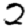
Digit: 2